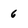
Character: 6